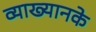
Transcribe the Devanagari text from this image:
व्याख्यानके